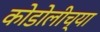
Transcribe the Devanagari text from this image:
कोडोलीच्या